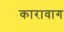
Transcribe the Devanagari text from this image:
कारावाग